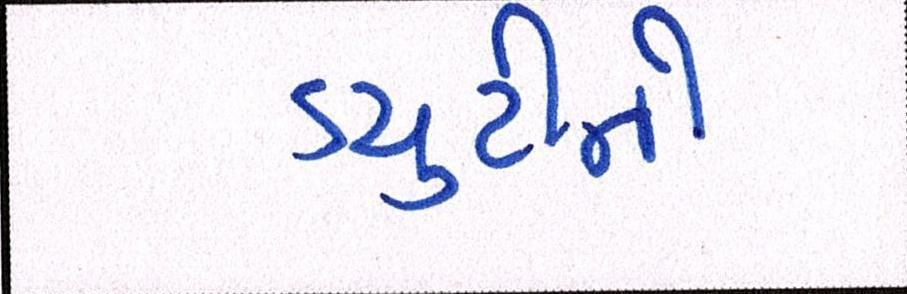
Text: ડયુટીની